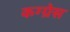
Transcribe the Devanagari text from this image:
कग्ग्रेस